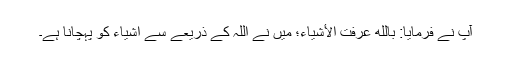
آپؐ نے فرمایا: بِاللّهِ عَرَفۡتُ الۡأَشۡیَاءَ؛ میں نے اللہ کے ذریعے سے اشیاء کو پہچانا ہے۔